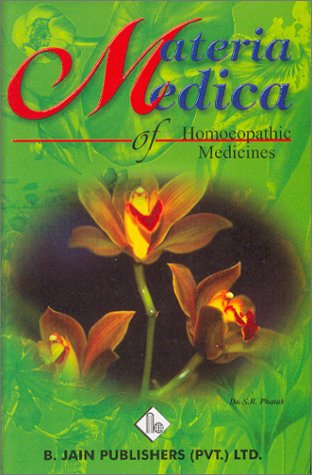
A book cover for Materia Medica of Homoeopathic Medicines; Dr. S. R. Phatak; Health, Fitness & Dieting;